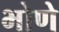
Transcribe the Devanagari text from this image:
भोणे